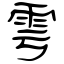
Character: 雩